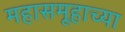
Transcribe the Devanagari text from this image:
महासमूहाच्या